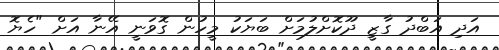
އަދި އަބްދު ގާޒީ ދޫކޮށްލުމަށް ބަޔަކު މީހުން ގޮވަނީ އޭނާ އަށް "ހެޔޮ